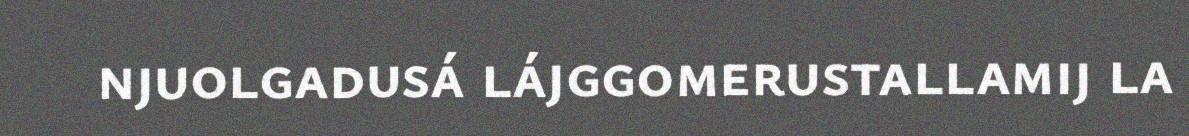
njuolgadusá lájggomerustallamij la